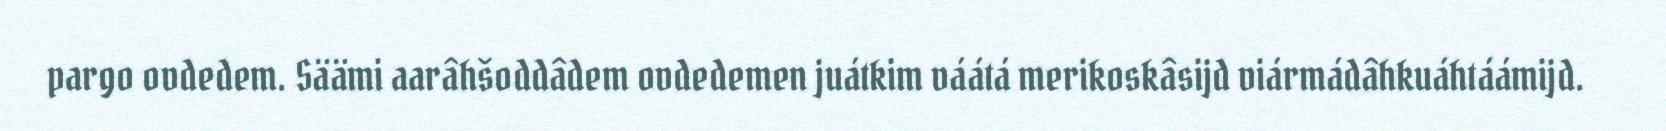
pargo ovdedem. Säämi aarâhšoddâdem ovdedemen juátkim váátá merikoskâsijd viármádâhkuáhtáámijd.